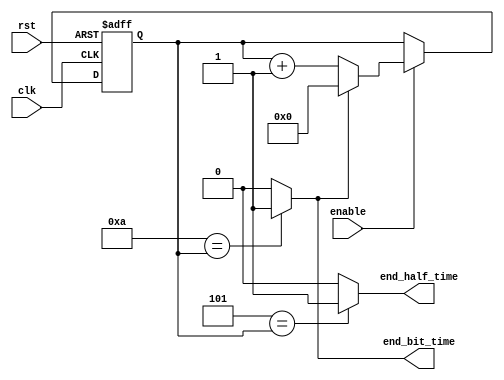
`timescale 1ns / 1ps
//////////////////////////////////////////////////////////////////////////////////
//  Company: ITESO
//  Engineers: Braulio Martinez Aceves, Jorge Alberto Padilla Gutierrez
//  Module Description: Bit rate pulse generator for a Serial RS-232 Receiver
//////////////////////////////////////////////////////////////////////////////////
module Bit_Rate_Pulse
 # (parameter delay_counts = 11 ) 
    (input clk,
    input rst,
    input enable,
    output end_bit_time,
    output end_half_time
    );
    
 localparam delay_bits = $clog2 (delay_counts);
 
 reg [delay_bits-1:0]count ;  
    // Comparador
assign end_bit_time = (delay_counts - 1'b1 ==count)?1'b1:1'b0;
assign end_half_time = ( (delay_counts - 1'b1)/2 == count)?1'b1:1'b0;
// Contador
always @(posedge rst, posedge clk)
    begin
        if (rst)
            count <= {delay_bits{1'b0}};
        else 
            if (enable)
                if (end_bit_time)
                         count <= {delay_bits{1'b0}};
                else 
                        count <= count + 1'b1;
             else
                count <= count;
     end
endmodule